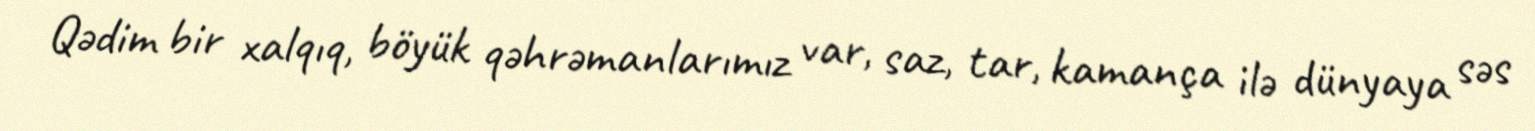
Qədim bir xalqıq, böyük qəhrəmanlarımız var, saz, tar, kamança ilə dünyaya səs